Medical and sanitary report of the native army of Bengal for the year
Year: 1874
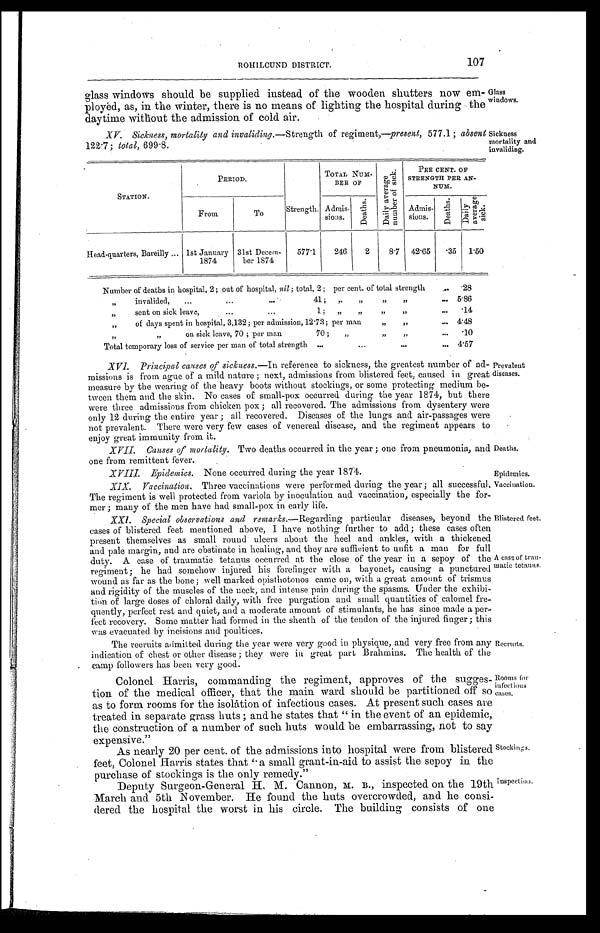
107
ROHILCUND DISTRICT.
glass windows should be supplied instead of the wooden shutters now em
-ployė d, as, in the winter, there is no means of lighting the hospital during the
daytime without the admission of cold air.
XV. Sickness, mortality and invaliding .—Strength of regiment,— present , 577.1 ; absent
122.7 ; total , 699.8.
Glass
windows.
Sickness
mortality and
invaliding.
STATION.
PERIOD.
Strength.
TOTAL N
UM-BER OF
Da i l y a v e r a g e n u mb e r o f s i c k .
PEE CENT. OF
STRENGTH PER AN-
NUM.
From
To
Admis-
sions.
D e a t h s .
Admis-sions.
D e a t h s .
D a i l y a v e r a g e s i c k .
Head-quarters, Bareilly . . .
1st January
1874
31st Decem-
ber 1874
577.1
246
2
8.7
42.65
. 3 5
1.50
Number of deaths in hospital, 2 ; out of hospital, nil ; total, 2 ; per cent. of total strength . . .
.28
" i n v a l i d e d , . . . 4 1 ; " . . .
5.86
" s e n t o n s i c k l e a v e , . . . 1 ; " . . .
.14
" of days spent in hospital, 3,132 ; per admission, 12.73 ; per man " . . .
4.48
" on sick leave, 70 ; per man
70 ; " . . .
.10
Total temporary loss of service per man of total strength . . .
4.57
XVI.
Principal causes of sickness .—In reference to sickness, the greatest number of ad
-missions is from ague of a mild nature ; next, admissions from blistered feet, caused in great
measure by the wearing of the heavy boots without stockings, or some protecting medium be-
t - w e e n t h e m a n d t h e s k i n . N o c a s e s o f s m a l l - p o x o c c u r r e d d u r i n g t h e y e a r 1 8 7 4 , b u t t h e r e
were three admissions from chicken pox ; all recovered. The admissions from dysentery were
only 12 during the entire year ; all recovered. Diseases of the lungs and air-passages were
not prevalent. There were very few cases of venereal disease, and the regiment appears to
enjoy great immunity from it.
XVII. Causes of mortality . Two deaths occurred in the year ; one from pneumonia, and
one from remittent fever.
Prevalent
diseases.
Deaths.
XVIII. Epidemics . None occurred during the year 1874.
Epidemics.
XIX. Vaccination . Three vaccinations were performed during the year; all successful.
The regiment is well protected from variola by inoculation and vaccination, especially the for
-mer ; many of the men have had small-pox in early life.
XXI.
Special observations and remarks .—Regarding particular diseases; beyond the
cases of blistered feet mentioned above, I have nothing further to add; these cases often
present themselves as small round ulcers about the heel and ankles, with a thickened
and pale margin, and are obstinate in healing, and they are sufficient to unfit a man for full
duty. A case of traumatic tetanus occurred at the close of the year in a sepoy of the
regiment; he had somehow injured his forefinger with a bayonet, causing a punctured
wound as far as the bone ; well marked opisthotonos came on, with a great amount of trismus
and rigidity of the muscles of the neck, and intense pain during the spasms. Under the exhibi
-tion of large doses of chloral daily, with free purgation and small quantities of calomel fre
-quently, perfect rest and quiet, and a moderate amount of stimulants, he has since made a per
-fect recovery. Some matter had formed in the sheath of the tendon of the injured finger; this
was evacuated by incisions and poultices.
The recruits admitted during the year were very good in physique, and very free from any
indication of chest or other disease ; they were in great part Brahmins. The health of the
camp followers has been very good.
Vaccination.
Blistered feet.
A case, of trau
-matic tetanus.
Recruits.
Colonel Harris, commanding the regiment, approves of the sugges
-tion of the medical officer, that the main ward should be partitioned off so
as to form rooms for the isolåtion of infectious cases. At present such cases are
treated in separate grass huts and he states that "in the event of an epidemic,
the construction of a number of such huts would be embarrassing, not to say
expensive."
As nearly 20 per cent. of the admissions into hospital were from blistered
feet, Colonel Harris states that "a small grant-in-aid to assist the sepoy in the
purchase of stockings is the only remedy."
Rooms for
infectious
cases.
Stockings.
Inspection.
Deputy Surgeon-General H. M. Cannon, M. B., inspected on the 19th
March and 5th November. He found the huts overcrowded, and he consi
-dered the hospital the worst in his circle. The building consists of one